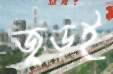
জুড়ই